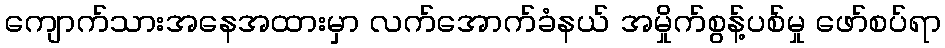
ကျောက်သားအနေအထားမှာ လက်အောက်ခံနယ် အမှိုက်စွန့်ပစ်မှု ဖော်စပ်ရာ